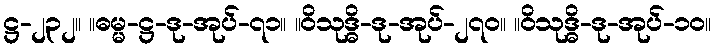
ဋ္ဌ-၂၃၂။ ။ဓမ္မ-ဋ္ဌ-ဒု-အုပ်-၇၁။ ။ဝိသုဒ္ဓိ-ဒု-အုပ်-၂၇၀။ ။ဝိသုဒ္ဓိ-ဒု-အုပ်-၁၀။